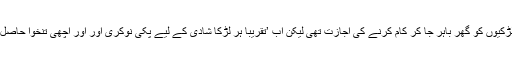
فرح نے بتایا کہ ماضی صرف خوشحال گھرانوں کی لڑکیوں کو گھر باہر جا کر کام کرنے کی اجازت تھی لیکن اب ’تقریباً ہر لڑکا شادی کے لیے پکی نوکری اور اور اچھی تنخوا حاصل کرنے والی لڑکی سے شادی کرنے کوترجیح دیتا ہے۔